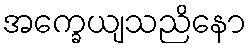
အက္ခေယျသညိနော